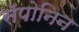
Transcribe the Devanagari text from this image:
सॅपोनिन